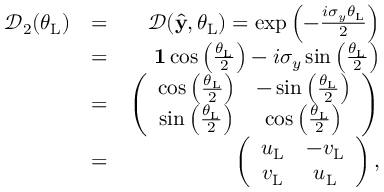
\begin{array} { r l r } { \mathcal { D } _ { 2 } ( \theta _ { \mathrm { L } } ) } & { = } & { \mathcal { D } ( \hat { \bf y } , \theta _ { \mathrm { L } } ) = \exp \left( - \frac { i \sigma _ { y } \theta _ { \mathrm { L } } } { 2 } \right) } \\ & { = } & { { \bf 1 } \cos \left( \frac { \theta _ { \mathrm { L } } } { 2 } \right) - i \sigma _ { y } \sin \left( \frac { \theta _ { \mathrm { L } } } { 2 } \right) } \\ & { = } & { \left( \begin{array} { c c } { \cos \left( \frac { \theta _ { \mathrm { L } } } { 2 } \right) } & { - \sin \left( \frac { \theta _ { \mathrm { L } } } { 2 } \right) } \\ { \sin \left( \frac { \theta _ { \mathrm { L } } } { 2 } \right) } & { \cos \left( \frac { \theta _ { \mathrm { L } } } { 2 } \right) } \end{array} \right) } \\ & { = } & { \left( \begin{array} { c c } { u _ { \mathrm { L } } } & { - v _ { \mathrm { L } } } \\ { v _ { \mathrm { L } } } & { u _ { \mathrm { L } } } \end{array} \right) , } \end{array}